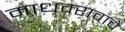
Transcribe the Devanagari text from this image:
माधवरावाचें